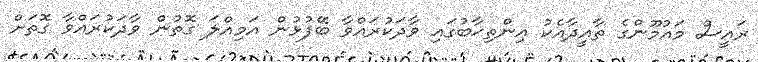
ރައީސް މައުމޫންގެ ތާއީދާއެކު އިންތިޚާބުގައި ވާދަކުރައްވާ ބޭފުޅުން އަމިއްލަ ގޮތުން ވާދަކުރައްވާ ގޮތަށް